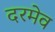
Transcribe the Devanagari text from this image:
दरमेव